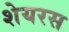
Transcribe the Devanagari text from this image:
शेयरस